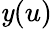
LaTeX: \mathit{y}(u)